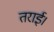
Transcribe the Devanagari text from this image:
तराई।